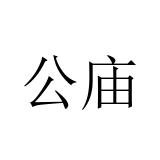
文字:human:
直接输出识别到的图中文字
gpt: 公庙